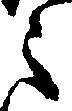
之